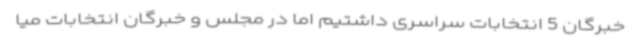
خبرگان 5 انتخابات سراسری داشتیم اما در مجلس و خبرگان انتخابات میا